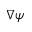
\nabla \boldsymbol \psi